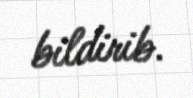
bildirib.